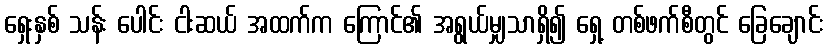
ရှေးနှစ် သန်း ပေါင်း ငါးဆယ် အထက်က ကြောင်၏ အရွယ်မျှသာရှိ၍ ရှေ့ တစ်ဖက်စီတွင် ခြေချောင်း